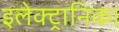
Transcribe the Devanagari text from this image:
इलेक्ट्रानिक।